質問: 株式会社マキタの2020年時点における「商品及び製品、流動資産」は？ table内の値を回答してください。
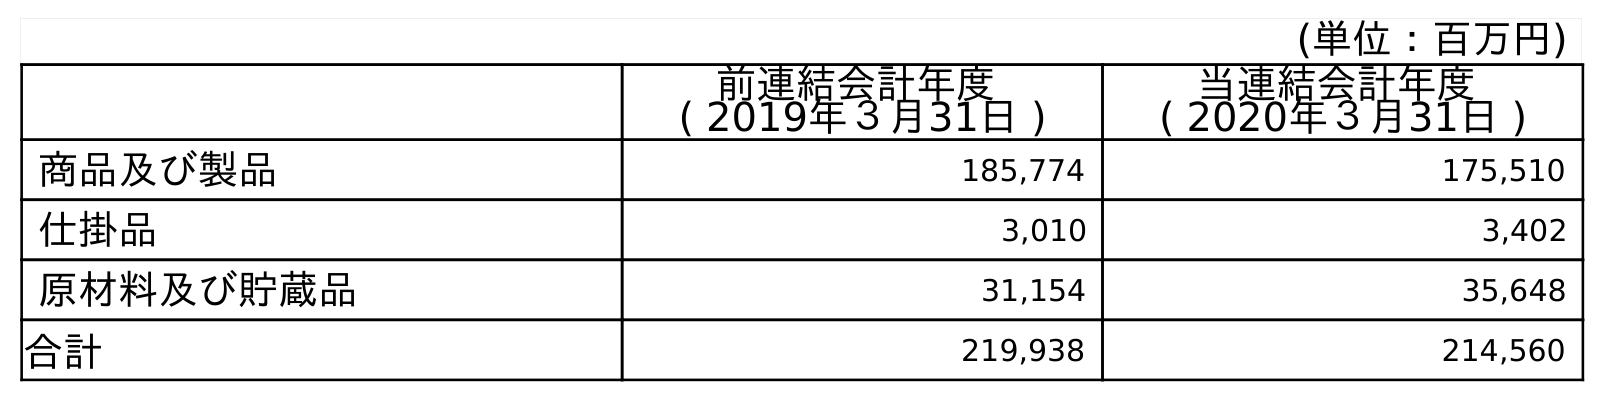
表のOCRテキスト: (単位：百万円) 前連結会計年度 ( 2019年３月31日 ) 当連結会計年度 ( 2020年３月31日 ) 商品及び製品 185,774 175,510 仕掛品 3,010 3,402 原材料及び貯蔵品 31,154 35,648 合計 219,938 214,560
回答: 175,510